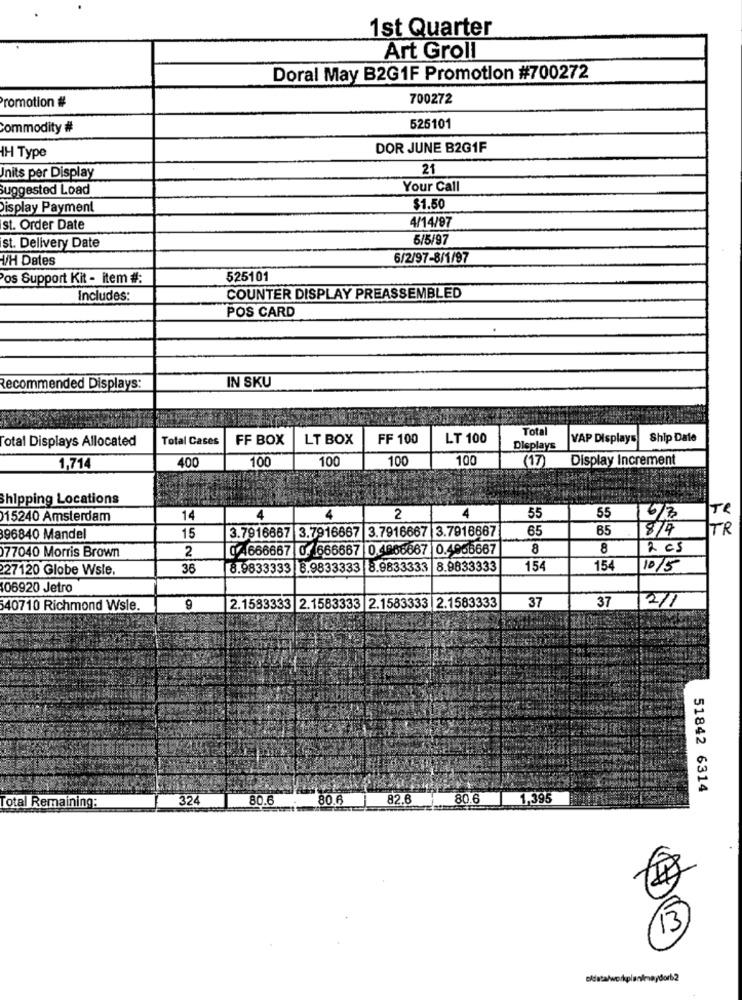
1st Quarter
Art Groll
Doral May B2G1F Promotion #700272
romotion #
700272
commodity #
525101
DOR JUNE B2G1F
IH Type
21
Inits per Display
Suggested Load
Your Call
Display Payment
$1.50
4/14/97
st. Order Date
st. Delivery Date
5/5/97
V/H Dates
6/2/97-8/1/97
os Support Kit - item #:
525101
Includes:
COUNTER DISPLAY PREASSEMBLED
POS CARD
Recommended Displays:
IN SKU
Total
otal Displays Allocated
Total Cases
FF BOX
LT BOX
FF 100
LT 100
VAP Displays Ship Date
Displays
100
100
100
(17)
Display Increment
1,714
400
100
Shipping Locations
4
15240 Amsterdam
14
4
2
55
55
16/3
TR
3.7916667 3.7916667 3.7916667 3.7916667
65
65
8/4
96840 Mandel
15
0/4666667 0.666667 0.4966667 0.4966667
8
8
2 cs
77040 Morris Brown
2
27120 Globe Wsle.
36
8.9833333 8.9833333 8.9833333 8.9833333
154
154
10/5
106920 Jetro
37
37
2/1
40710 Richmond Wsle.
9
2.1583333 2.1583333 2.1583333 2.1583333
51842 6314
32
80.6
80.6
82.6
80.6
1,395
Total Remaining:
13